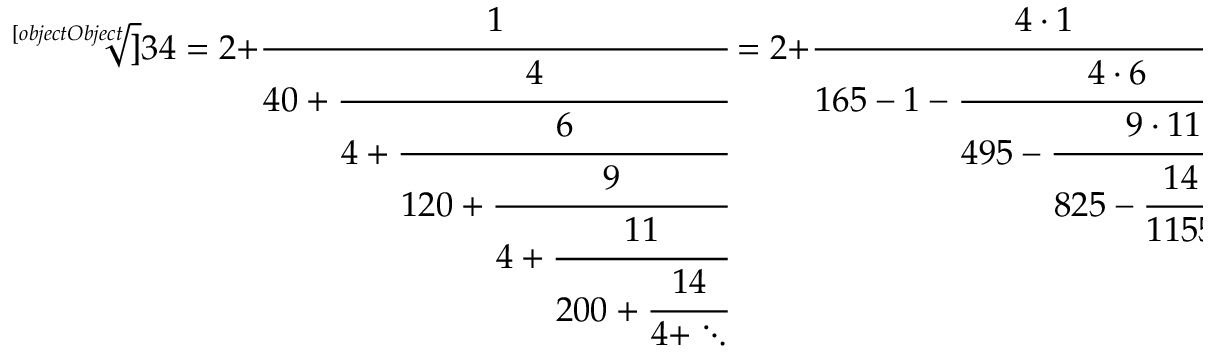
{ \sqrt [ [object Object] ] { 3 4 } } = 2 + { \cfrac { 1 } { 4 0 + { \cfrac { 4 } { 4 + { \cfrac { 6 } { 1 2 0 + { \cfrac { 9 } { 4 + { \cfrac { 1 1 } { 2 0 0 + { \cfrac { 1 4 } { 4 + \ddots } } } } } } } } } } } } = 2 + { \cfrac { 4 \cdot 1 } { 1 6 5 - 1 - { \cfrac { 4 \cdot 6 } { 4 9 5 - { \cfrac { 9 \cdot 1 1 } { 8 2 5 - { \cfrac { 1 4 \cdot 1 6 } { 1 1 5 5 - \ddots } } } } } } } } .